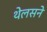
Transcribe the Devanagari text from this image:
थेलसने